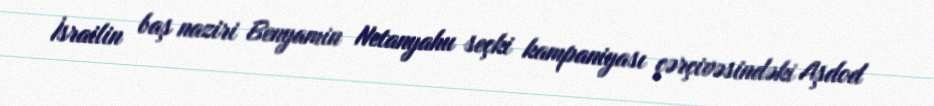
İsrailin baş naziri Benyamin Netanyahu seçki kampaniyası çərçivəsindəki Aşdod